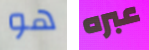
هو عبره